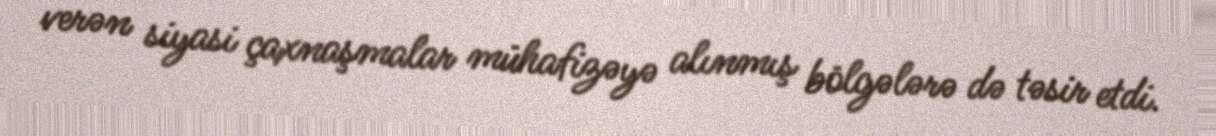
verən siyasi çaxnaşmalar mühafizəyə alınmış bölgələrə də təsir etdi.